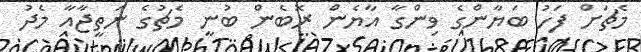
މެޗަށް ފަހު ބަޔާންގެ ވިންގާ އާޔެން ރޮބެން ބުނީ މެޗުގެ ނަތީޖާއާ މެދު